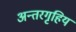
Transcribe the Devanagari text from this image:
अन्तरगृहिय